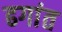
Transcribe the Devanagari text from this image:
ढगांत